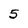
Character: 5